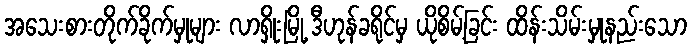
အသေးစားတိုက်ခိုက်မှုများ လာရှိုးမြို့ ဒီဟုန်ခရိုင်မှ ယိုစိမ့်ခြင်း ထိန်းသိမ်းမှုနည်းသော